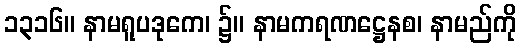
၁၃၁၆။ နာမရူပဒုကေ၊ ၌။ နာမကရဏဋ္ဌေနစ၊ နာမည်ကို